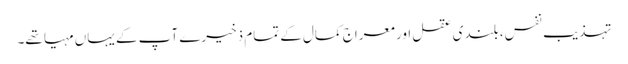
تہذیب نفس، بلندی عقل اور معراج کمال کے تمام ذخیرے آپ کے یہاں مہیا تھے۔